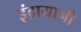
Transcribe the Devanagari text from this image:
इंद्रायानी